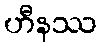
ဟီနဿ